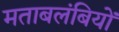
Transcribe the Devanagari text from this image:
मताबलंबियों